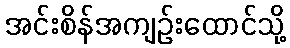
အင်းစိန်အကျဉ်းထောင်သို့